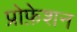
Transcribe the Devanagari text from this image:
प्रोफ़ेशन